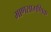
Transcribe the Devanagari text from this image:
माणसागणिक